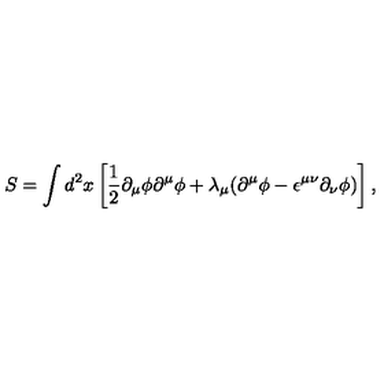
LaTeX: S = \int d ^ { 2 } x \left[ { \frac 1 2 } { \partial } _ { \mu } { \phi } { \partial } ^ { \mu } { \phi } + { \lambda } _ { \mu } ( { \partial } ^ { \mu } { \phi } - { \epsilon } ^ { { \mu } { \nu } } { \partial } _ { \nu } { \phi } ) \right] ,